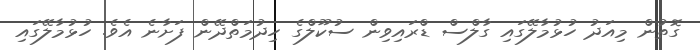
ގޮތުން މިއަދު ހުޅުމާލޭގައި ގާލްސް ޑްރައިވިން ސުކޫލްގެ ހިދުމަތްދޭން ފަށާނެ އެެވެ. ހުޅުމާލޭގައި